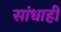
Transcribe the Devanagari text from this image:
सांधाही